system: You are a helpful assistant.
user:
Analyze the provided spectrum to determine if it is a **Carbon Star (C-type)**.

- **Key Visual Indicators of Carbon Star:**
    - **(Primary):** Strong molecular absorption from **C₂ (diatomic carbon) "Swan Bands."** This is the **defining feature** of a carbon star.
        - **(Key Bandheads):** Sharp absorption edges are visible at approximately $5635$ Å, $5165$ Å (the strongest band), and $4737$ Å.
        - **(Line Profile):** Creates a distinct **"saw-tooth"** pattern. The key morphology is a sharp, steep bandhead on the **red (long-wavelength) side**, which then gradually tapers off (i.e., flux recovers) towards the **blue (short-wavelength) side**. *(This is the direct opposite of the TiO bands seen in M-type stars)*.

    - **(Secondary):** Intense **CN (cyanogen)** molecular absorption bands.
        - **(Key Bandheads):** Located in the blue and violet regions of the spectrum (e.g., near $4215$ Å and $3883$ Å).
        - **(Morphology):** These bands are extremely broad and act as a "blanket," absorbing the vast majority of blue and violet light. This creates a characteristic **"cliff"** or **"steep drop-off"** in the spectrum's flux at short wavelengths.

    - **(Key Confirmation):** Strong **CH absorption band (G-band)**.
        - **(Key Bandhead):** Located around $4300$ Å. The contribution from CH molecules to this band is exceptionally strong.

    - **(Overall Spectrum):**
        - The continuum is severely "chopped up" by these deep molecular bands, especially C₂, rather than appearing as a smooth curve.
        - Due to the heavy CN and C₂ absorption in the blue-green, the vast majority of the star's flux is concentrated in the red part of the spectrum, giving the star its characteristic deep red color.

Think first, call **spectral_visualization_tool** if needed to examine features in detail, then provide your final answer. Your response must adhere to the following strict rules:
1.  **Overall Structure:** Your response must follow the format `<think>...</think> <tool_call>...</tool_call> (if a tool is used) <answer>...</answer>`.
2.  **Tool Usage Constraint:** You may only make **one** tool call per turn.
3.  **Final Answer Format:** In the `<answer>` tag, your conclusion must be inside a `\boxed{}` command (e.g., `\boxed{YES}`), followed by your justification.

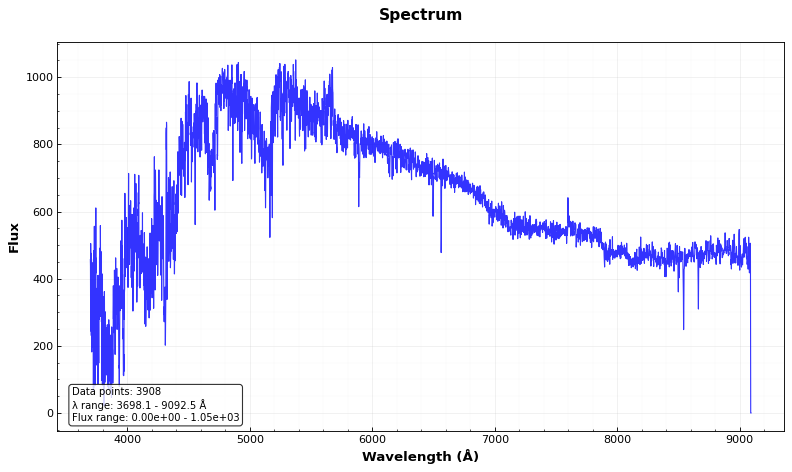
Answer: YES